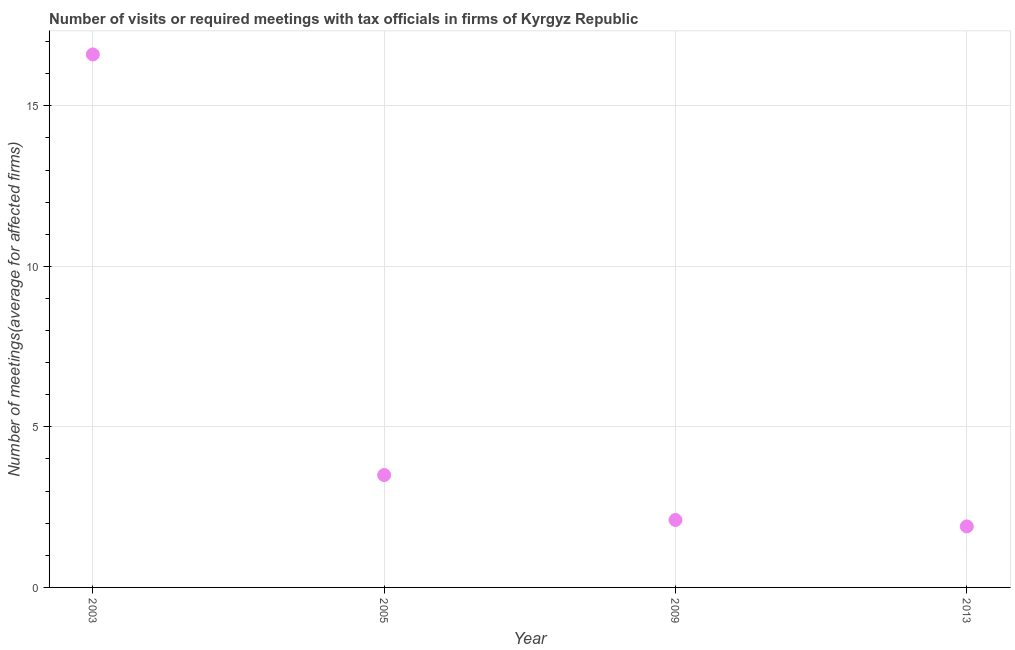
| Year | Meetings with tax officials |
 | --- | --- |
 | 2003 | 16.6 |
 | 2005 | 3.5 |
 | 2009 | 2.1 |
 | 2013 | 1.9 |